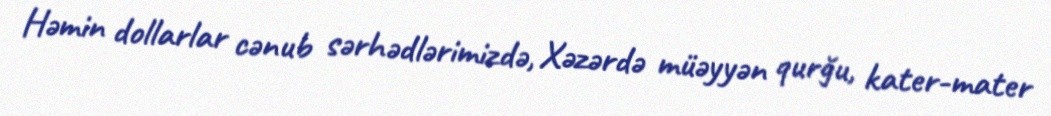
Həmin dollarlar cənub sərhədlərimizdə, Xəzərdə müəyyən qurğu, kater-mater